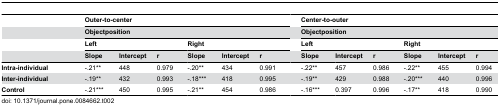
|  |  | <COLSPAN=6> Outer-to-center |  | <COLSPAN=6> Center-to-outer |
 |  |  | <COLSPAN=6> Objectposition |  | <COLSPAN=6> Objectposition |
 |  |  | <COLSPAN=3> Left | <COLSPAN=3> Right |  | <COLSPAN=3> Left | <COLSPAN=3> Right |
 |  |  | Slope | Intercept | r | Slope | Intercept | r |  | Slope | Intercept | r | Slope | Intercept | r |
 | --- | --- | --- | --- | --- | --- | --- | --- | --- | --- | --- | --- | --- | --- | --- |
 | Intra-individual |  | -.21** | 448 | 0.979 | -.20** | 434 | 0.991 |  | -.22** | 457 | 0.986 | -.22** | 455 | 0.994 |
 | Inter-individual |  | -.19** | 432 | 0.993 | -.18*** | 418 | 0.995 |  | -.19** | 429 | 0.988 | -.20*** | 440 | 0.996 |
 | Control |  | -.21*** | 450 | 0.995 | -.21** | 454 | 0.986 |  | -.16*** | 0.397 | 0.996 | -.17** | 418 | 0.990 |